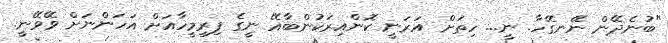
"ބުނެދޭން ނޭނގޭހާ. ނީ... ހިތަށް އަރަނީ ކޮންއިރަކުންބާއޭ ނީގެ ފިރިމީހާއަށް އަހަންނަށް ވޭވޭނީ.